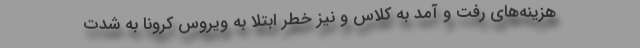
هزینه‌های رفت و آمد به کلاس و نیز خطر ابتلا به ویروس کرونا به شدت